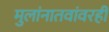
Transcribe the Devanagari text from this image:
मुलांनातवांवरही